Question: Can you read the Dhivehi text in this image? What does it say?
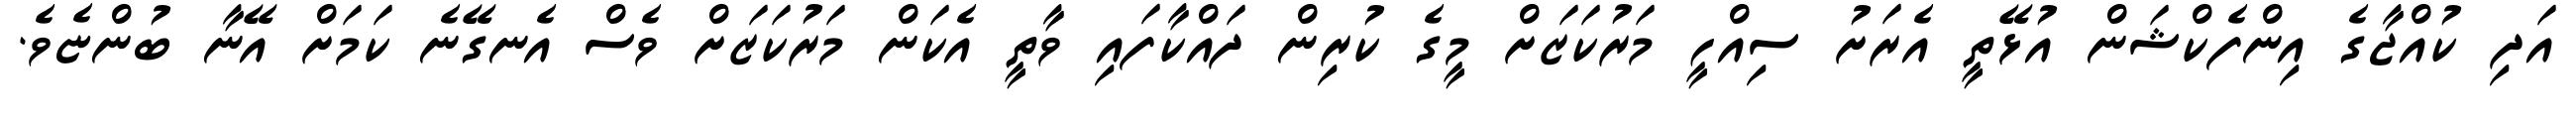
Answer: އަދި ކުއްޖާގެ އިންފެކްޝަން އުޅޭތީ އެރަށު ސިއްހީ މަރުކަޒަށް މީގެ ކުރިން ދައްކާފައި ވާތީ އެކަން މަރުކަޒަށް ވެސް އެނގޭނެ ކަމަށް އޭނާ ބުންޏެވެ.